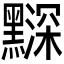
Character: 𪒗